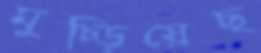
মুচ্‌ড়িয়েছ